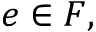
e \in F ,